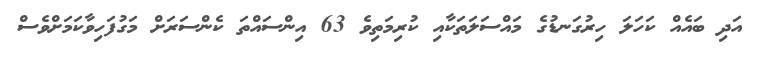
އަދި ބައެއް ކަހަލަ ހިރުގަނޑުގެ މައްސަލަތަކާއި ކުރިމަތިވެ 63 އިންސައްތަ ކެންސަރަށް މަގުފަހިވާކަމަށްވެސް